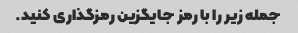
جمله زیر را با رمز جایگزین رمزگذاری کنید.